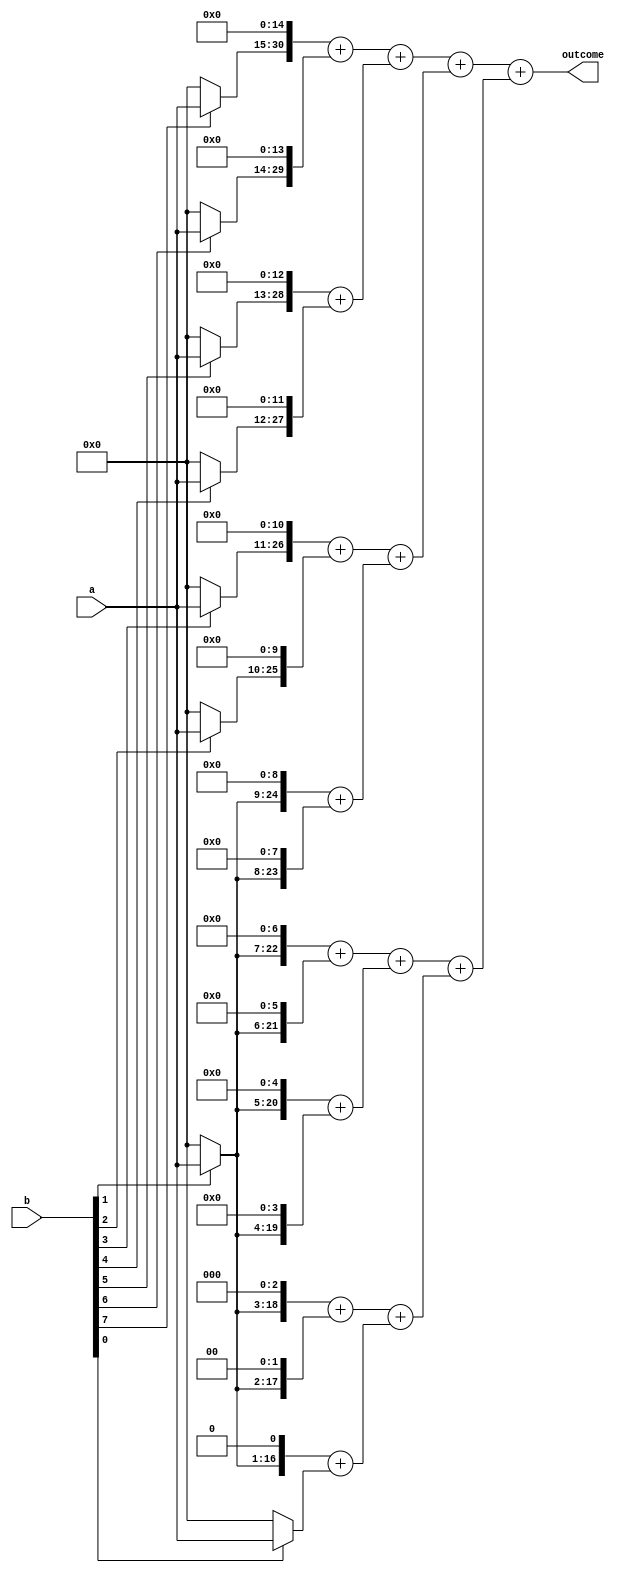
/*Mult16*/
module mult16(outcome,a,b); 

input [15:0] a,b;  
output wire [31:0]outcome; 

wire [30:0] temp0; 
wire [29:0] temp1; 
wire [28:0] temp2; 
wire [27:0] temp3; 
wire [26:0] temp4;  
wire [25:0] temp5; 
wire [24:0] temp6; 
wire [23:0] temp7; 
wire [22:0] temp8; 
wire [21:0] temp9; 
wire [20:0] temp10; 
wire [19:0] temp11; 
wire [18:0] temp12; 
wire [17:0] temp13; 
wire [16:0] temp14; 
wire [15:0] temp15; 

function [15:0] mult16x1; 
input [15:0] operand; 
input sel; 
begin  
   mult16x1=(sel)?(operand):15'b0; 
end 
endfunction 

assign temp15=mult16x1(a,b[0]); 
assign temp14=((mult16x1(a,b[1]))<<1); 
assign temp13=((mult16x1(a,b[1]))<<2); 
assign temp12=((mult16x1(a,b[1]))<<3); 
assign temp11=((mult16x1(a,b[1]))<<4); 
assign temp10=((mult16x1(a,b[1]))<<5); 
assign temp9=((mult16x1(a,b[1]))<<6); 
assign temp8=((mult16x1(a,b[1]))<<7); 
assign temp7=((mult16x1(a,b[1]))<<8); 
assign temp6=((mult16x1(a,b[1]))<<9); 
assign temp5=((mult16x1(a,b[2]))<<10); 
assign temp4=((mult16x1(a,b[3]))<<11); 
assign temp3=((mult16x1(a,b[4]))<<12); 
assign temp2=((mult16x1(a,b[5]))<<13); 
assign temp1=((mult16x1(a,b[6]))<<14); 
assign temp0=((mult16x1(a,b[7]))<<15); 


wire [31:0]out1,c1,d1; 
wire [29:0]out2; 
wire [27:0]out3,c2; 
wire [25:0]out4; 
wire [23:0]out5,c3,d2; 
wire [21:0]out6; 
wire [19:0]out7,c4; 
wire [17:0]out8; 

assign out1=temp0+temp1; 
assign out2=temp2+temp3; 
assign out3=temp4+temp5; 
assign out4=temp6+temp7; 
assign out5=temp8+temp9; 
assign out6=temp10+temp11; 
assign out7=temp12+temp13; 
assign out8=temp14+temp15; 
assign c1=out1+out2; 
assign c2=out3+out4; 
assign c3=out5+out6; 
assign c4=out7+out8; 
assign d1=c1+c2; 
assign d2=c3+c4; 
assign outcome=d1+d2; 

endmodule